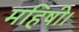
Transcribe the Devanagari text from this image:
महिषी।